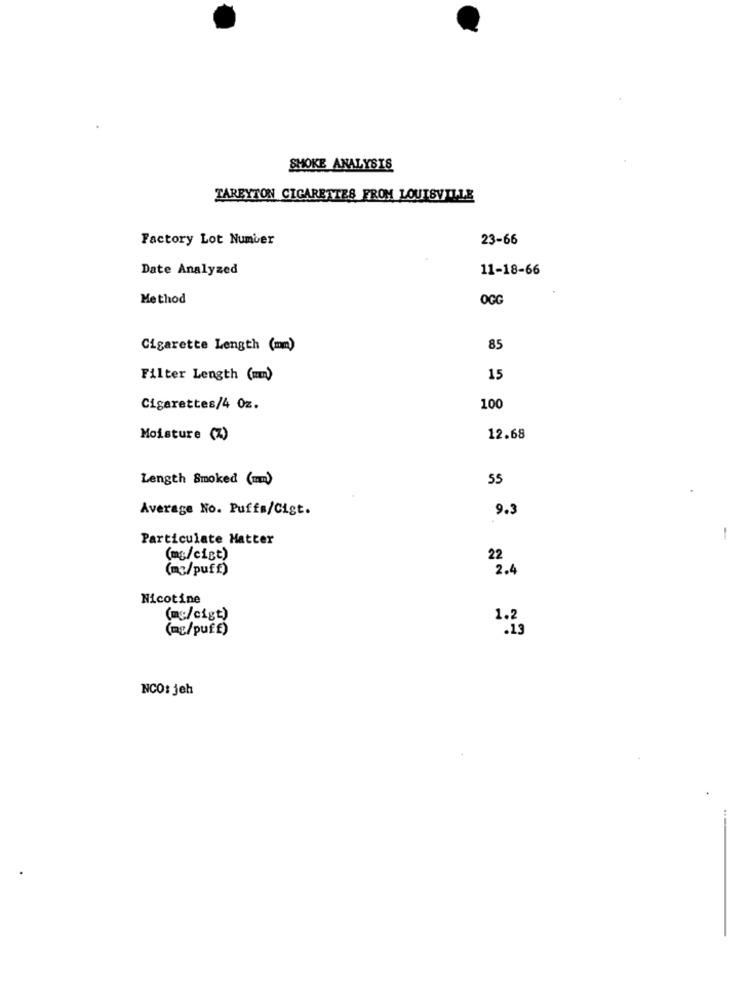
SMOKE ANALYSIS
TAREYTON CIGARETTES FROM LOUISVILLE
Factory Lot Number
23-66
Date Analyzed
11-18-66
Method
OGG
Cigarette Length (mm)
85
Filter Length (mm)
15
Cigarettes/4 0z.
100
Moisture (Z)
12.68
Length Smoked (m)
55
Average No. Puffa/Cigt.
9.3
Particulate Matter
-
(mg/cict)
22
(mg/puff)
2.4
Nicotine
(mg/cigt)
1.2
(mg/puff)
NCO: jeh